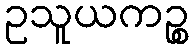
ဥသူယကဉ္စ